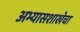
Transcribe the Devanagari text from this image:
अभ्यासशाखेचा